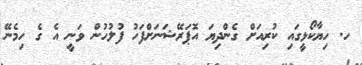
ހ. ހިޔާކޯޅީގައި ކުރިއަށް ގެންދިޔަ އޮޕަރޭޝަނަށްފަހު ފުލުހުން ވަނީ އެ ގެ ހިމެނޭ